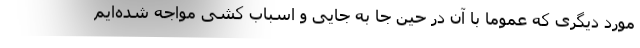
مورد دیگری که عموما با آن در حین جا به جایی و اسباب کشی مواجه شده‌ایم